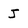
Character: J